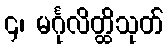
၄၊ မင်္ဂုလိတ္ထိသုတ်